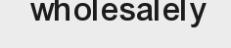
wholesalely